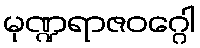
မုဏ္ဍရာဇဝဂ္ဂေါ